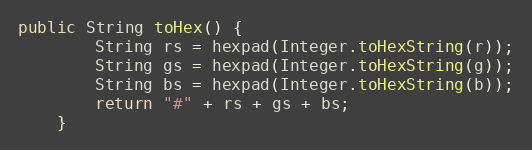
Language: Java
public String toHex() {
        String rs = hexpad(Integer.toHexString(r));
        String gs = hexpad(Integer.toHexString(g));
        String bs = hexpad(Integer.toHexString(b));
        return "#" + rs + gs + bs;
    }